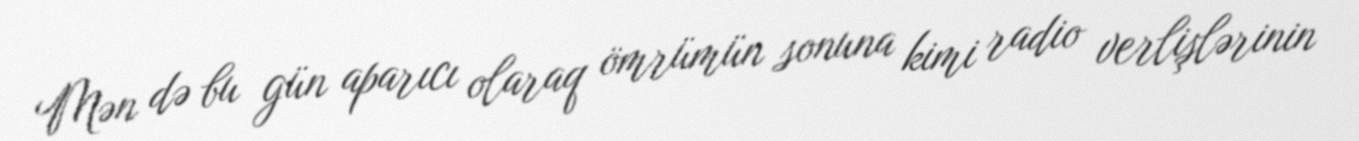
Mən də bu gün aparıcı olaraq ömrümün sonuna kimi radio verlişlərinin